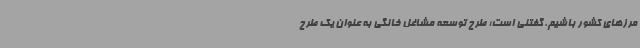
مرزهای کشور باشیم. گفتنی است؛ طرح توسعه مشاغل خانگی به عنوان یک طرح